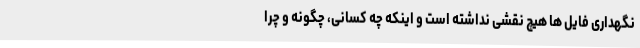
نگهداری فایل ها هیچ نقشی نداشته است و اینکه چه کسانی، چگونه و چرا